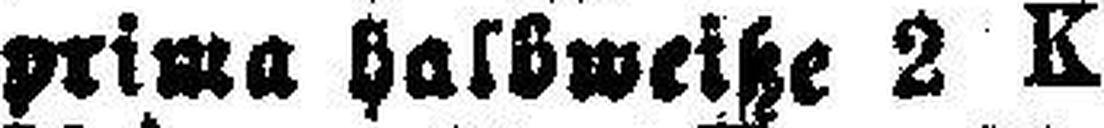
prima halbweiße 2 K